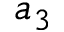
a _ { 3 }